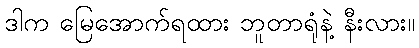
ဒါက မြေအောက်ရထား ဘူတာရုံနဲ့ နီးလား။